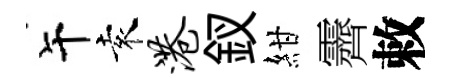
午袁港釵紺霽敕